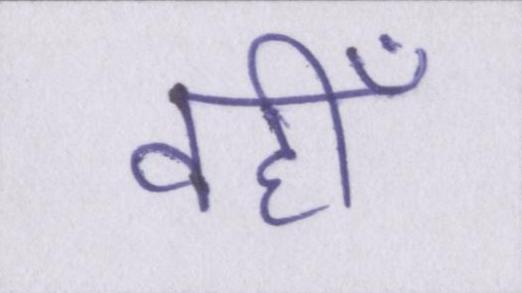
वहीँ